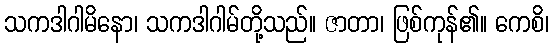
သကဒါဂါမိနော၊ သကဒါဂါမ်တို့သည်။ ဇာတာ၊ ဖြစ်ကုန်၏။ ကေစိ၊